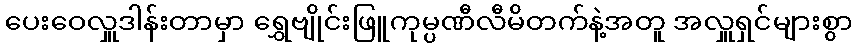
ပေးဝေလှူဒါန်းတာမှာ ရွှေဗျိုင်းဖြူကုမ္ပဏီလီမိတက်နဲ့အတူ အလှူရှင်များစွာ